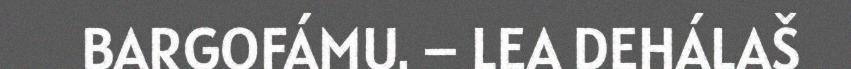
BARGOFÁMU. – LEA DEHÁLAŠ